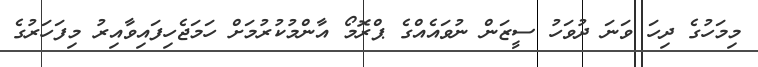
މިމަހުގެ ދިހަ ވަނަ ދުވަހު ސީޒަން ނުވައެއްގެ ޕްރޮމޯ އާންމުކުރުމަށް ހަމަޖެހިފައިވާއިރު މިފަހަރުގެ